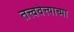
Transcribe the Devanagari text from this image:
तत्त्ववेत्त्याच्या